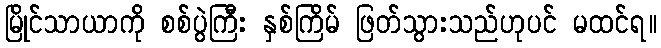
မြိုင်သာယာကို စစ်ပွဲကြီး နှစ်ကြိမ် ဖြတ်သွားသည်ဟုပင် မထင်ရ။